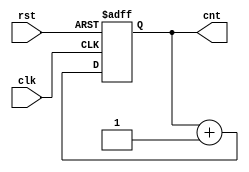
`timescale 1ns/100ps
module counter(clk, rst, cnt);
	input wire clk, rst;
	output reg [3:0] cnt;

	always @(posedge clk or posedge rst) begin
		if (rst) begin
			cnt = 0;
		end else begin
			cnt = cnt + 1;
		end
	end
endmodule